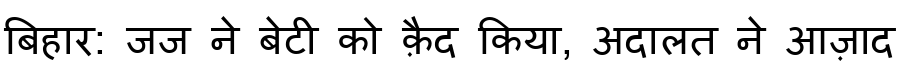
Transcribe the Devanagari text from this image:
बिहार: जज ने बेटी को क़ैद किया, अदालत ने आज़ाद